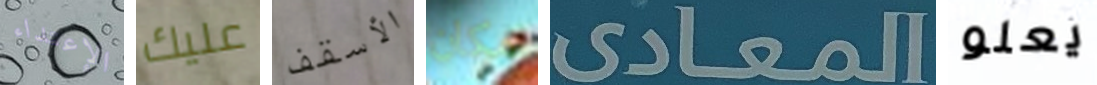
الإعتداء عليك الأسقف مكان المعادى يعلو